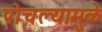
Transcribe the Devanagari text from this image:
पोचल्यामुळे